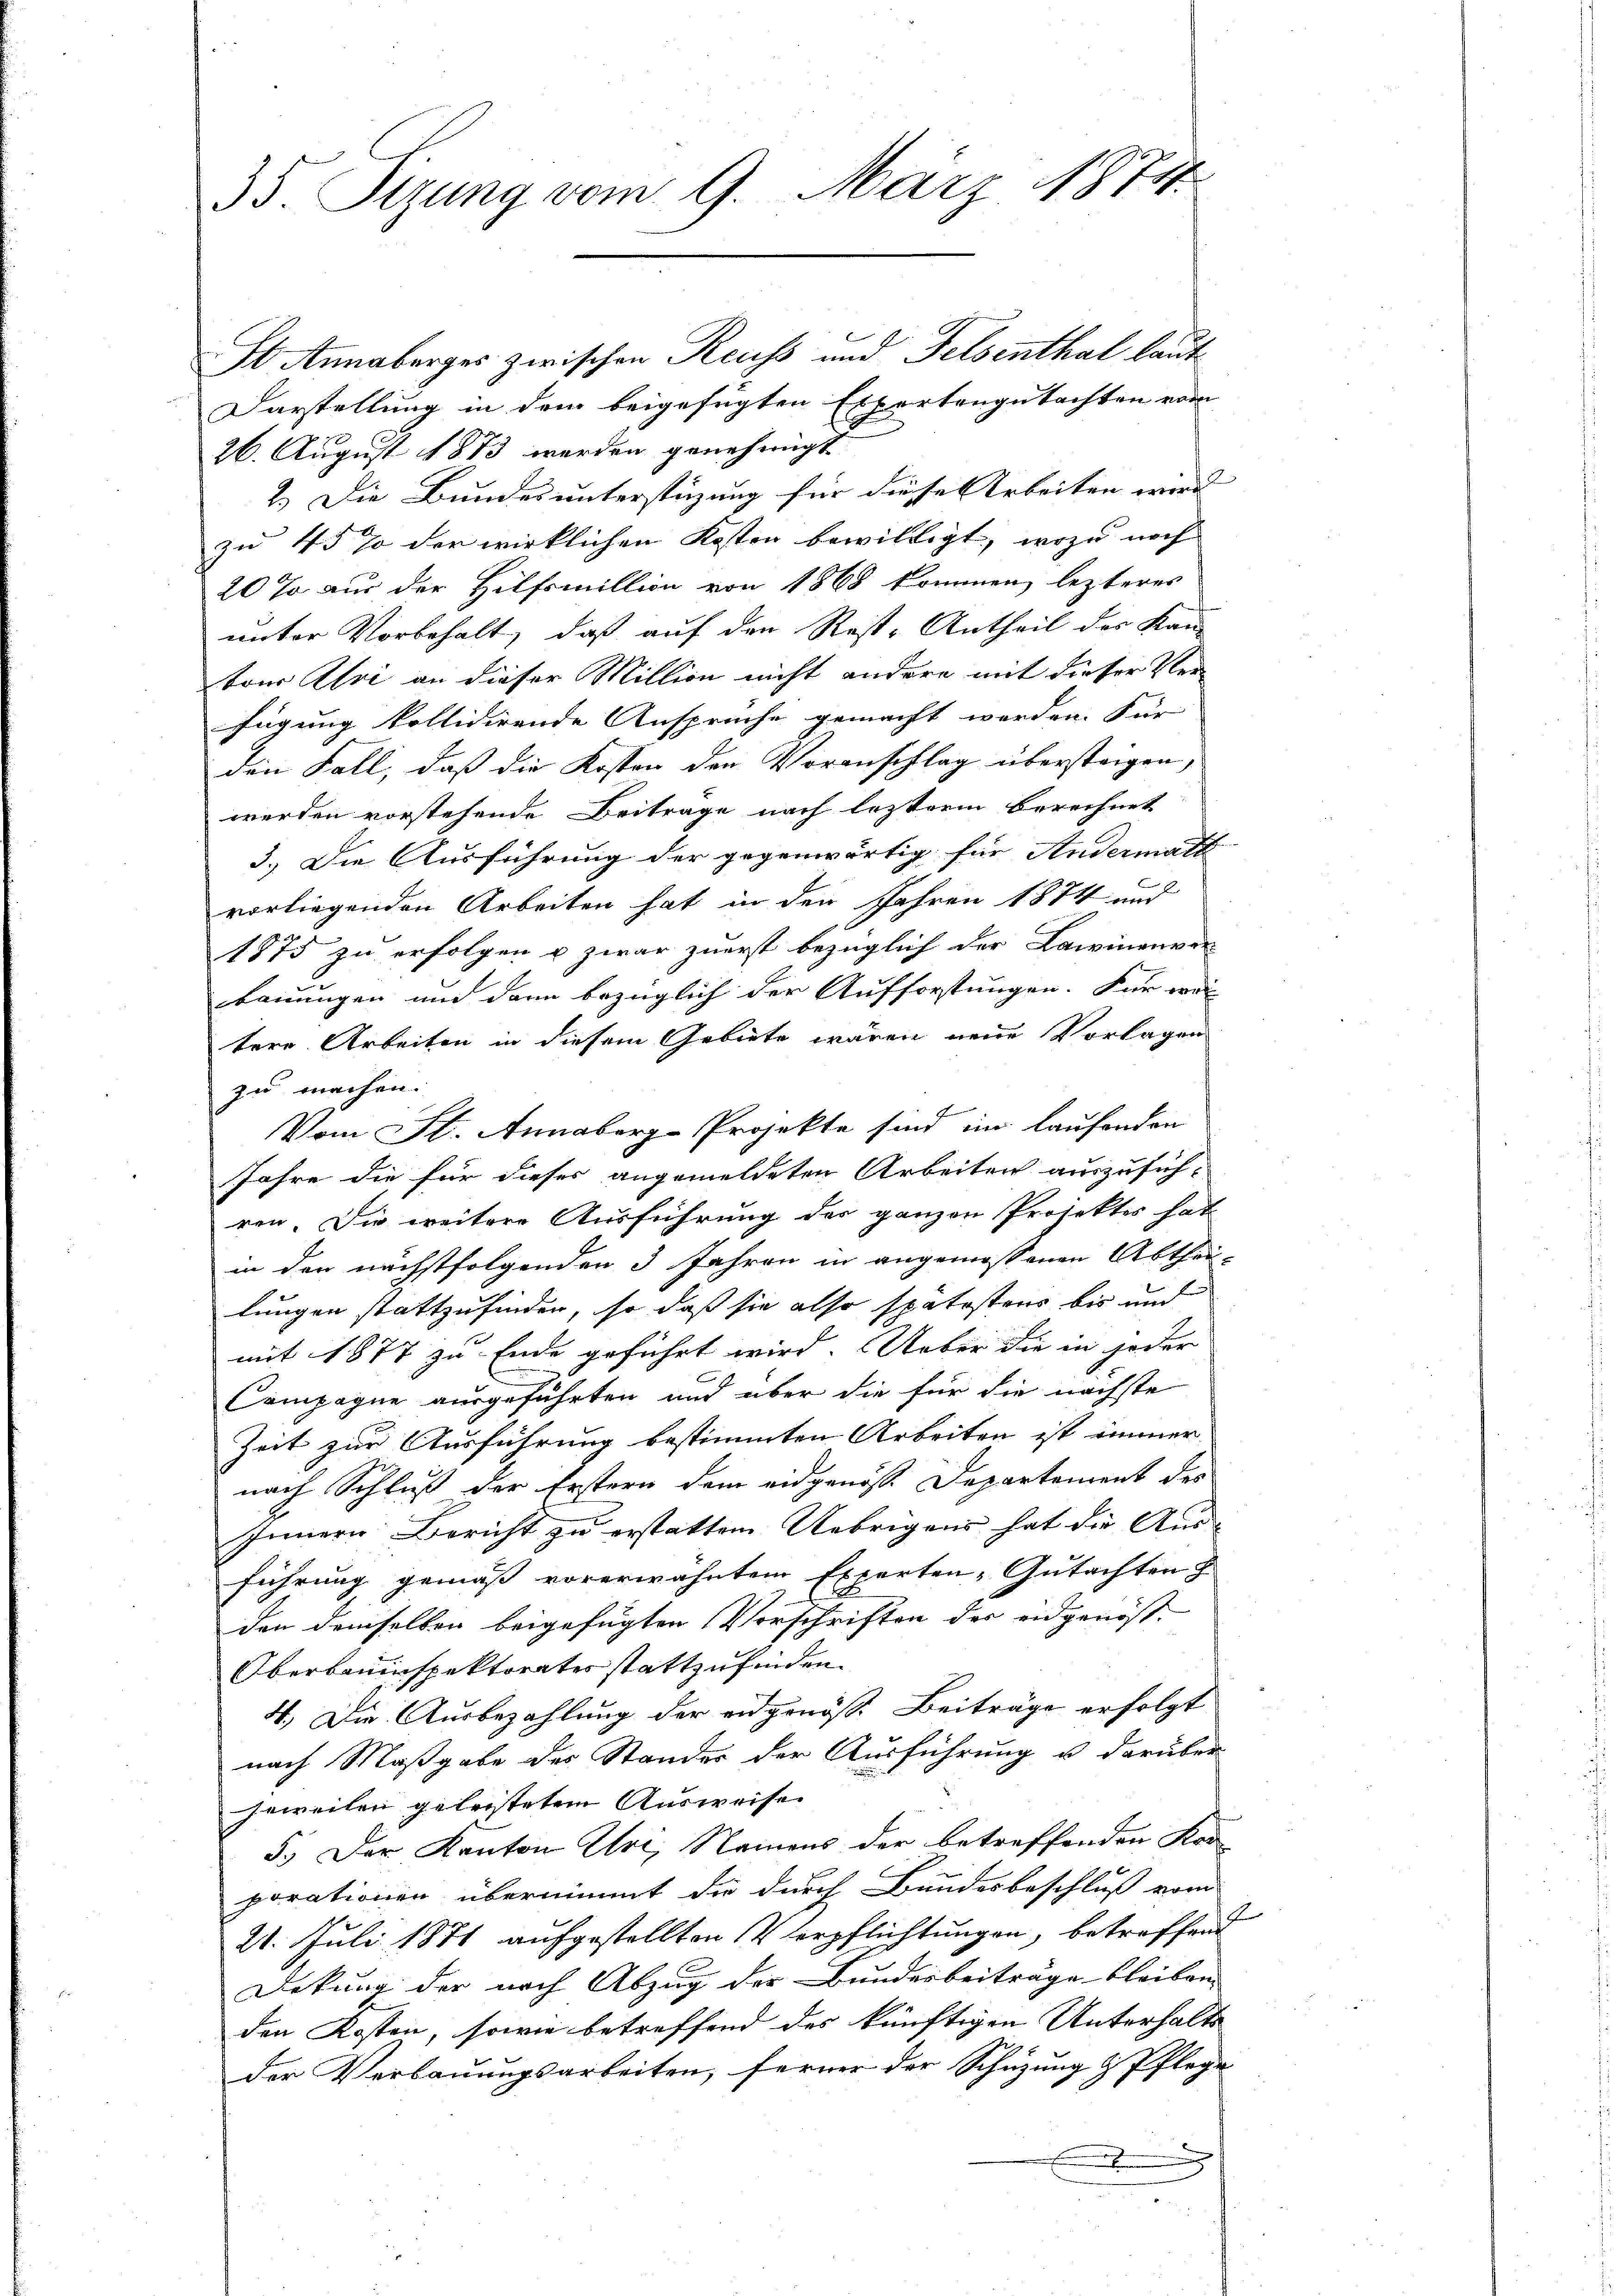
35 Sizung vom 9. März 1871

Darstellung in dem beigefügten Expertengutachten vom
26. August 1873 werden genehmigt.
2.) Die Bundes unterstüzung für diese Arbeiten wird |
zu 45 % der wirklichen Kosten bewilligt, wozu noch
20 % aus der Hilfsmillion von 1868 kommen, lezteres
unter Vorbehalt, daß auf den Rest-Antheil des Kan-
ton Alvi an dieser Million nicht andere mit dieser Ver-
fügung kollidirende Ansprüche gemacht werden. Für
den Fall, daß die Kosten den Voranschlag übersteigen,
werden vorstehende Beiträge nach lezterm berechnet
3.) Die Ausführung der gegenwärtig für Andermatt
vorliegenden Arbeiten hat in den Jahren 1874 und
1875 zu erfolgen u zwar zuerst bezüglich der Lawinenver
bauungen und dann bezüglich der Aufforstungen. Für wel
tere Arbeiten in diesem Gebiete wären neue Vorlagen
zu machen.
Vom St. Annaberg-Projekte sind im laufenden
Jahre die für dieses angemeldeten Arbeiten auszusichren. Die weitere Ausführung des ganzen Projektes hat
in den nächstfolgenden 3 Jahren in angemessenen Abthei-
lungen stattzufinden, so daß sie also spätestens bis und
mit 1877 zu Ende geführt wird. Ueber die in jeder
Compagne ausgeführten und über die für die nächste
Zeit zur Ausführung bestimmten Arbeiten ist immer
nach Schluß der Erstern dem eidgenösse Departement des
Innern Bericht zu erstatten Uebrigens hat die Aus-
führung gemäß vorerwähntem Experten-Gutachten z
2
den demselben beigefügten Vorschriften des eidgenös¬
Oberbauinspektorates stattzufinden.
4.) Die Ausbezahlung der eidgenöss. Beiträge erfolgt
nach Maßgabe des Standes der Ausführung u. darüber
jeweilen geleistetem Ausweise
5.) Der Kanton Uri, Namens der betreffenden Korporationen übernimmt die durch Bundesbeschluß vom
21. Juli 1871 aufgestellten Verpflichtungen, betreffend
Dekung der nach Abzug der Bunderbeiträge bleiben.
den Kosten, sowie betreffend des künftigen Unterhalts
der Verbauungsarbeiten, ferner der Schüzung & Pflege
e

I Annaberges zwischen Reuss und Felsenthal laut

2